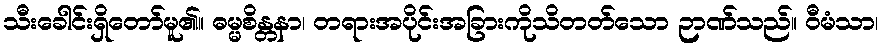
သီးခေါင်းရှိတော်မူ၏။ ဓမ္မစိန္တနာ၊ တရားအပိုင်းအခြားကိုသိတတ်သော ဉာဏ်သည်။ ဝီမံသာ၊